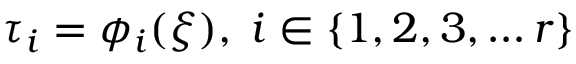
\tau _ { i } = \phi _ { i } ( \xi ) , \; i \in \{ 1 , 2 , 3 , \ldots r \}